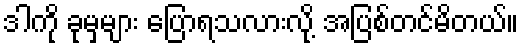
ဒါကို ခုမှများ ပြောရသလားလို့ အပြစ်တင်မိတယ်။